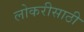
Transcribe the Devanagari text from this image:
लोकरीसाठी